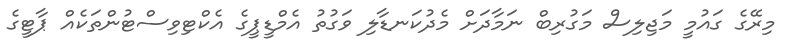
މިރޭގެ ގައުމީ މަޖިލިސް މަގުރިބް ނަމާދަށް މެދުކަނޑާލި ވަގުތު އެމްޑީޕީގެ އެކްޓިވިސްޓުންތަކެއް ޕާޓީގެ